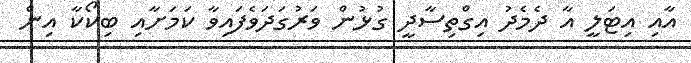
އާއި އިޓަލީ އާ ދެމެދު އިގްތިސާދީ ގުޅުން ވަރުގަދަވެފައިވާ ކަމަށާއި ބިކޯކާ އިން